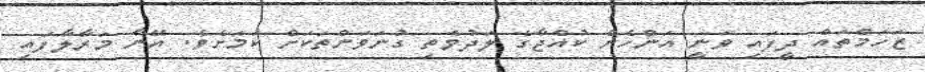
ޒަހަމްތައް ދީފައި ވަނީ އަންހެން ކުއްޖާގެ ލަދުވެތި ގުނަވަންތަކަށް ކަމަށެވެ. އޭނާ މަރާާލާފައި